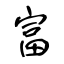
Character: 富